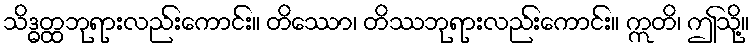
သိဒ္ဓတ္ထဘုရားလည်းကောင်း။ တိဿော၊ တိဿဘုရားလည်းကောင်း။ ဣတိ၊ ဤသို့။